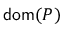
\mathsf { d o m } ( P )